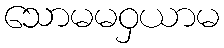
သောမမဝှယာမ